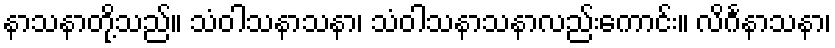
နာသနာတို့သည်။ သံဝါသနာသနာ၊ သံဝါသနာသနာလည်းကောင်း။ လိင်္ဂနာသနာ၊